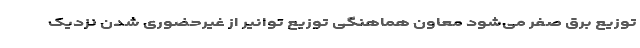
توزیع برق صفر می‌شود معاون هماهنگی توزیع توانیر از غیرحضوری شدن نزدیک